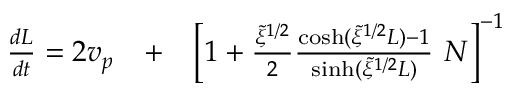
\begin{array} { r l r } { \frac { d L } { d t } = 2 v _ { p } } & { { } + } & { \left[ 1 + \frac { \tilde { \xi } ^ { 1 / 2 } } { 2 } \frac { \cosh ( \tilde { \xi } ^ { 1 / 2 } L ) - 1 } { \sinh ( \tilde { \xi } ^ { 1 / 2 } L ) } \ N \right] ^ { - 1 } } \end{array}